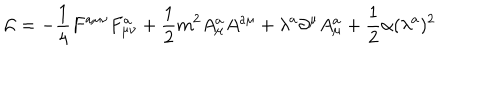
LaTeX: { \cal L } = - \frac 1 4 F ^ { a \mu \nu } F _ { \mu \nu } ^ { a } + \frac 1 2 m ^ { 2 } A _ { \mu } ^ { a } A ^ { a \mu } + \lambda ^ { a } \partial ^ { \mu } A _ { \mu } ^ { a } + \frac 1 2 \alpha ( \lambda ^ { a } ) ^ { 2 }